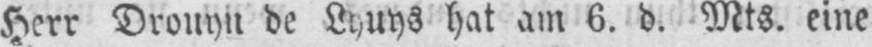
Herr Drouyn de Lhuys hat am 6. d. Mts. eine